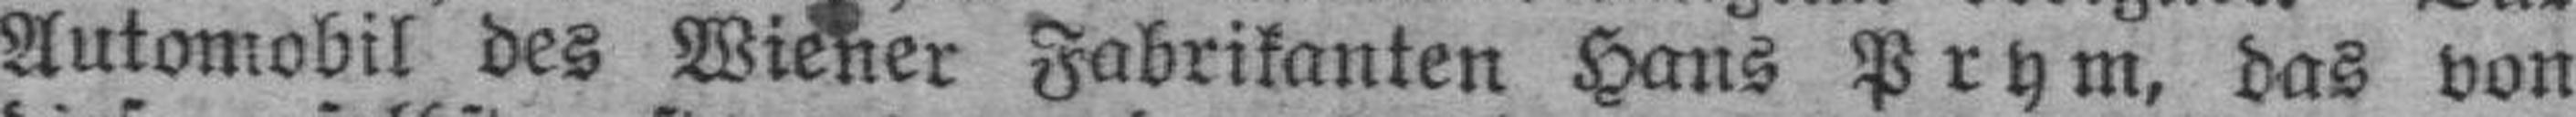
Automobil des Wiener Fabrikanten Hans Prym, das von